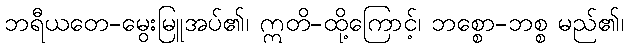
ဘရီယတေ-မွေးမြူအပ်၏၊ ဣတိ-ထို့ကြောင့်၊ ဘစ္စော-ဘစ္စ မည်၏၊